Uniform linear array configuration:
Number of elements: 64
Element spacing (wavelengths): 0.5
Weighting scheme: uniform
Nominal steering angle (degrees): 0
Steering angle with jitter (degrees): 0.05468
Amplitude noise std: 0.05
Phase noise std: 0.05

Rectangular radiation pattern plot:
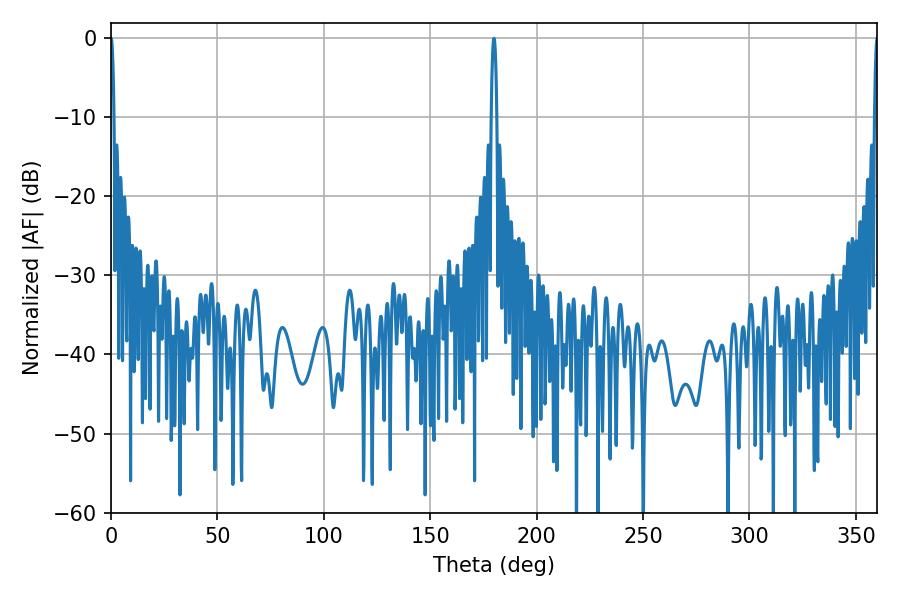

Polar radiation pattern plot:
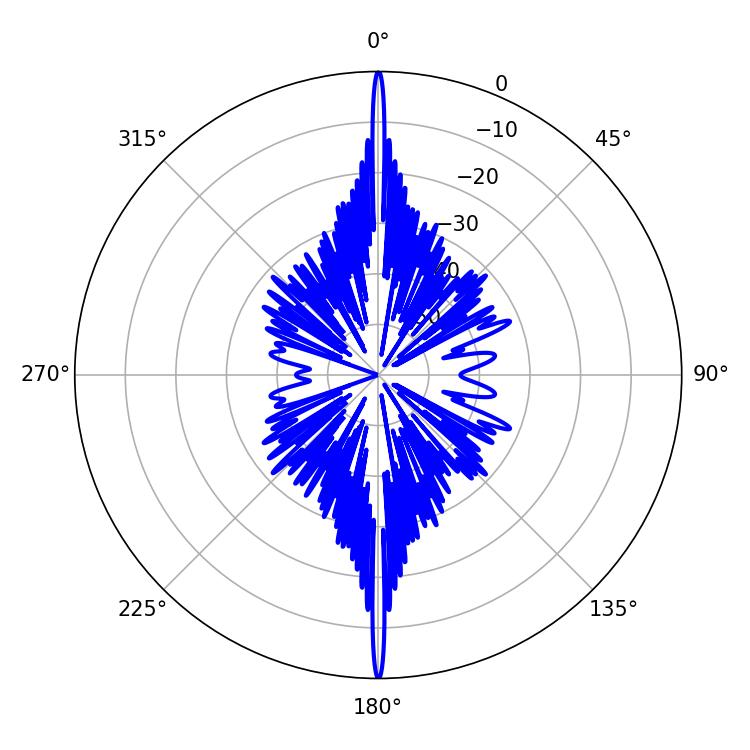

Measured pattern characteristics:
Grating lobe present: FALSE
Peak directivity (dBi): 40.687
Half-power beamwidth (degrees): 1.44
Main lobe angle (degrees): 180